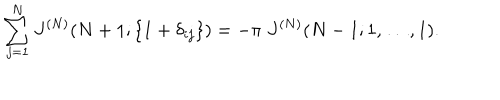
\sum _ { j = 1 } ^ { N } J ^ { ( N ) } ( N + 1 ; \{ 1 + \delta _ { i j } \} ) = - \pi \; J ^ { ( N ) } ( N - 1 ; 1 , \ldots , 1 ) .